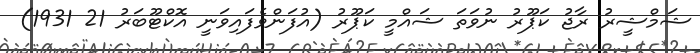
ޝަމްޝީރު ރާޖު ކަޕޫރު ނުވަތަ ޝައްމީ ކަޕޫރު (އުފަންވެފައިވަނީ އޮކްޓޫބަރު 21 1931)